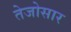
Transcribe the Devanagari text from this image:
तेजोसार